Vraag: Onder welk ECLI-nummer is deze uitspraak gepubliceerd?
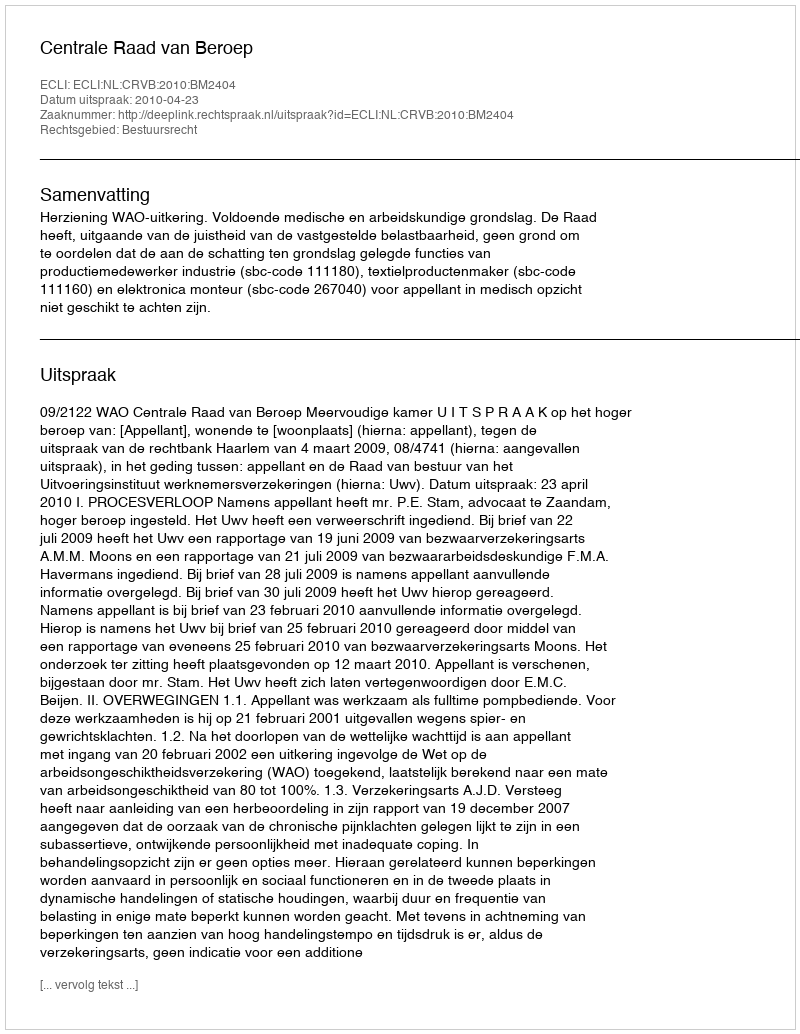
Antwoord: ECLI:NL:CRVB:2010:BM2404